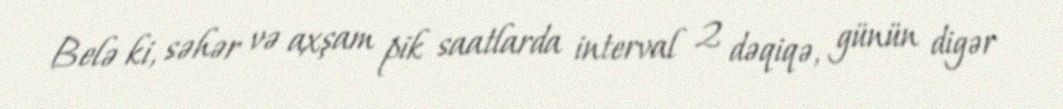
Belə ki, səhər və axşam pik saatlarda interval 2 dəqiqə, günün digər